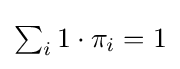
{\textstyle \sum _{i}1\cdot \pi _{i}=1}